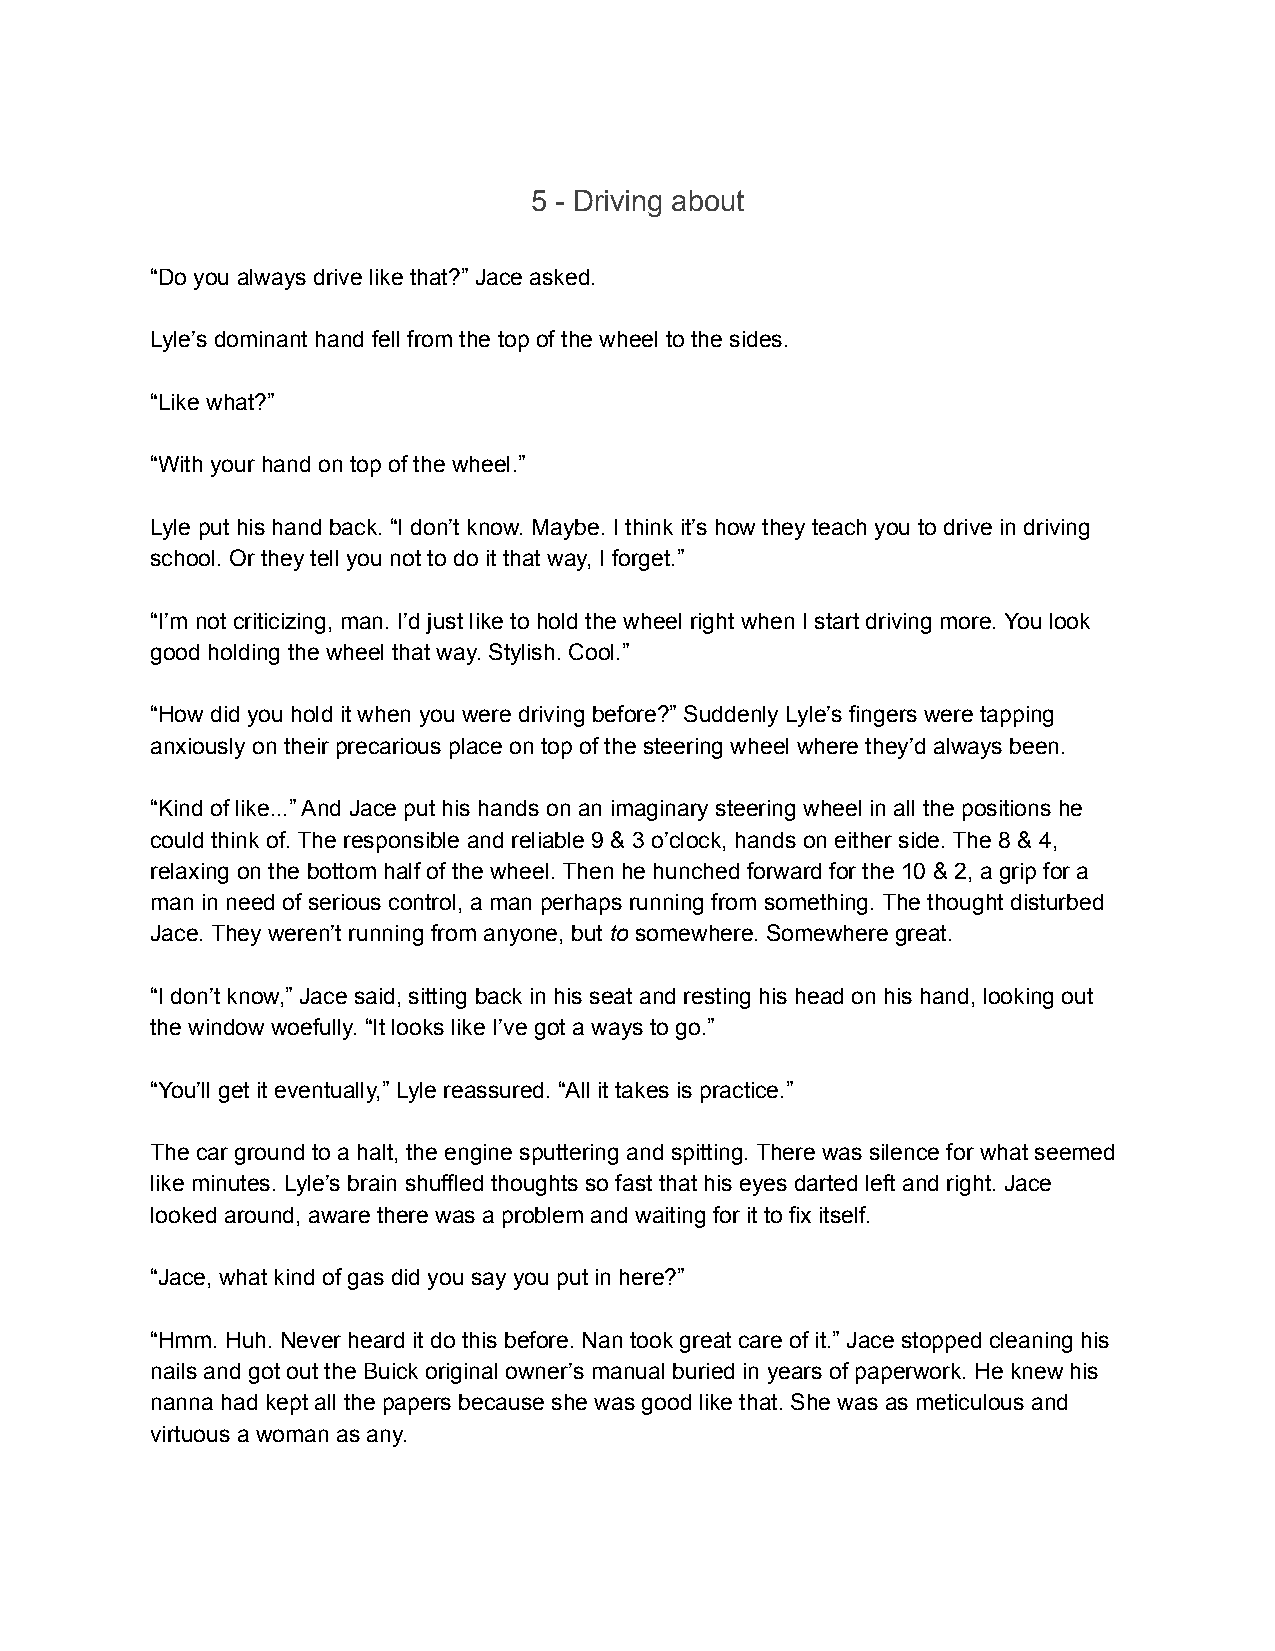
5 - Driving about
 “Do you always drive like that?” Jace asked.
 Lyle’s dominant hand fell from the top of the wheel to the sides.
 “Like what?”
 “With your hand on top of the wheel.”
 Lyle put his hand back. “I don’t know. Maybe. I think it’s how they teach you to drive in driving
 school. Or they tell you not to do it that way, I forget.”
 “I’m not criticizing, man. I’d just like to hold the wheel right when I start driving more. You look
 good holding the wheel that way. Stylish. Cool.”
 “How did you hold it when you were driving before?” Suddenly Lyle’s fingers were tapping
 anxiously on their precarious place on top of the steering wheel where they’d always been.
 “Kind of like...” And Jace put his hands on an imaginary steering wheel in all the positions he
 could think of. The responsible and reliable 9 & 3 o’clock, hands on either side. The 8 & 4,
 relaxing on the bottom half of the wheel. Then he hunched forward for the 10 & 2, a grip for a
 man in need of serious control, a man perhaps running from something. The thought disturbed
 Jace. They weren’t running from anyone, but to somewhere. Somewhere great.
 “I don’t know,” Jace said, sitting back in his seat and resting his head on his hand, looking out
 the window woefully. “It looks like I’ve got a ways to go.”
 “You’ll get it eventually,” Lyle reassured. “All it takes is practice.”
 The car ground to a halt, the engine sputtering and spitting. There was silence for what seemed
 like minutes. Lyle’s brain shuffled thoughts so fast that his eyes darted left and right. Jace
 looked around, aware there was a problem and waiting for it to fix itself.
 “Jace, what kind of gas did you say you put in here?”
 “Hmm. Huh. Never heard it do this before. Nan took great care of it.” Jace stopped cleaning his
 nails and got out the Buick original owner’s manual buried in years of paperwork. He knew his
 nanna had kept all the papers because she was good like that. She was as meticulous and
 virtuous a woman as any.